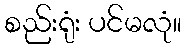
စည်းရုံး ပင်မလုံ။